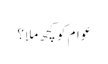
عوام کو کچھ ملا؟